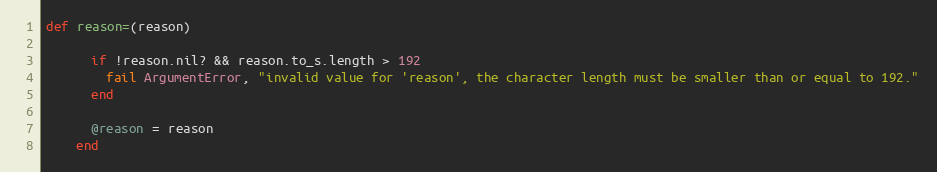
Language: Ruby
def reason=(reason)

      if !reason.nil? && reason.to_s.length > 192
        fail ArgumentError, "invalid value for 'reason', the character length must be smaller than or equal to 192."
      end

      @reason = reason
    end